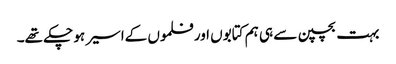
بہت بچپن سے ہی ہم کتابوں اور فلموں کےاسیر ہو چکے تھے۔